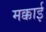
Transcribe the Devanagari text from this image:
मक्काई